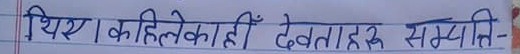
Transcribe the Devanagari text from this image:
थिए। कहिलेकाहीँ देवताहरू सम्माति-